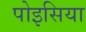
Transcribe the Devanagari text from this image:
पोइसिया